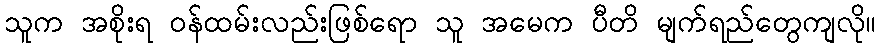
သူက အစိုးရ ဝန်ထမ်းလည်းဖြစ်ရော သူ အမေက ပီတိ မျက်ရည်တွေကျလို။